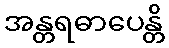
အန္တရဓာပေန္တိ